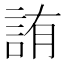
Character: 詴